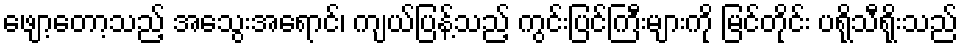
ဖျော့တော့သည့် အသွေးအရောင်၊ ကျယ်ပြန့်သည့် ကွင်းပြင်ကြီးများကို မြင်တိုင်း ပရိုသီရိုးသည်